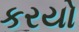
કરયો